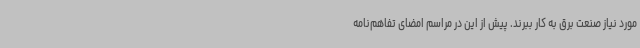
مورد نیاز صنعت برق به کار ببرند. پیش از این در مراسم امضای تفاهم‌نامه